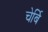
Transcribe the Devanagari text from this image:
चेर्बि